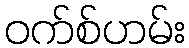
ဝက်စ်ဟမ်း